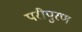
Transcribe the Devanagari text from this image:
परीपुरण